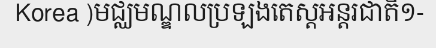
Korea )មជ្ឈមណ្ឌលប្រឡងតេស្តអន្តរជាតិ១-